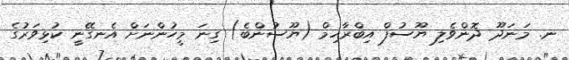
ނ. މަނަދޫ ދޮންވެލި ޔޫސުފް އިބްރާހިމް (ޔޫސުންބެ) ގިނަ މީހުންނަށް އެނގޭނީ ކުޅިވަރުގެ